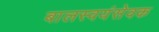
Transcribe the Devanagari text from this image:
बालस्वयंसेवक